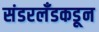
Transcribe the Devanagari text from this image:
संडरलँडकडून